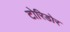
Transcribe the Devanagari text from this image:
टोरिडोर